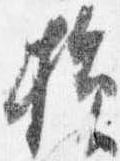
損